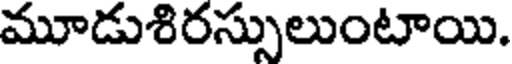
మూడుశిరస్సులుంటాయి.